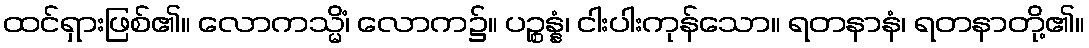
ထင်ရှားဖြစ်၏။ လောကသ္မိံ၊ လောက၌။ ပဉ္စန္နံ၊ ငါးပါးကုန်သော။ ရတနာနံ၊ ရတနာတို့၏။